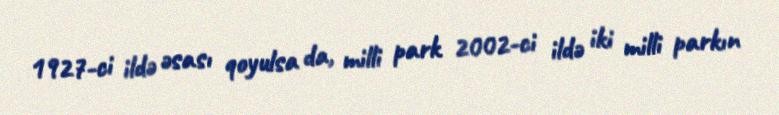
1927-ci ildə əsası qoyulsa da, milli park 2002-ci ildə iki milli parkın